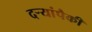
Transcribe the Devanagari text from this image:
दऱ्यांपैकी